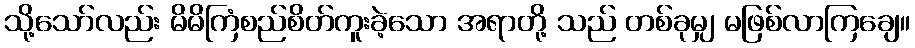
သို့သော်လည်း မိမိကြံစည်စိတ်ကူးခဲ့သော အရာတို့ သည် တစ်ခုမျှ မဖြစ်လာကြချေ။